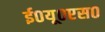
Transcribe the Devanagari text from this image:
ई०यू०एस०